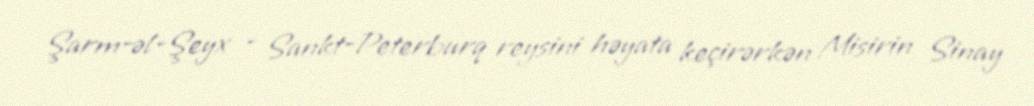
Şarm-əl-Şeyx - Sankt-Peterburq reysini həyata keçirərkən Misirin Sinay